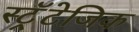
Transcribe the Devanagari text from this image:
स्ट्रॅटेजिक